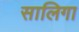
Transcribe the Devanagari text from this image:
सालिगा